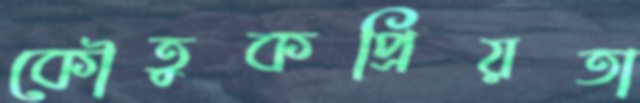
কৌতুকপ্রিয়তা